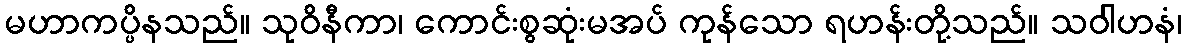
မဟာကပ္ပိနသည်။ သုဝိနီကာ၊ ကောင်းစွဆုံးမအပ် ကုန်သော ရဟန်းတို့သည်။ သဝါဟနံ၊